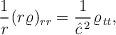
LaTeX: \begin{align*}\frac 1{r}{\kern 0.7pt}(r\varrho)_{rr}=\frac 1{\hat c^{{\kern 1pt}2}}{\kern 1pt}\varrho_{{\kern 1pt} tt},\end{align*}